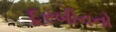
દૂરબીનનો